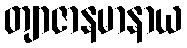
တျာဇာနမာနာယ